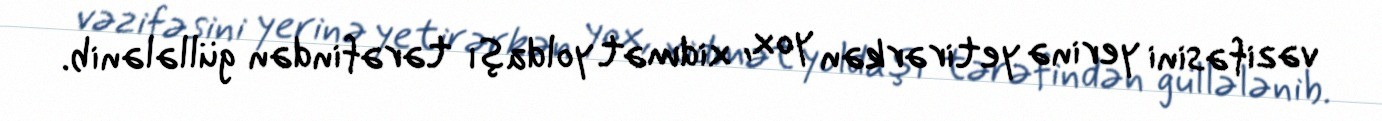
vəzifəsini yerinə yetirərkən yox, xidmət yoldaşı tərəfindən güllələnib.